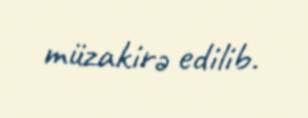
müzakirə edilib.